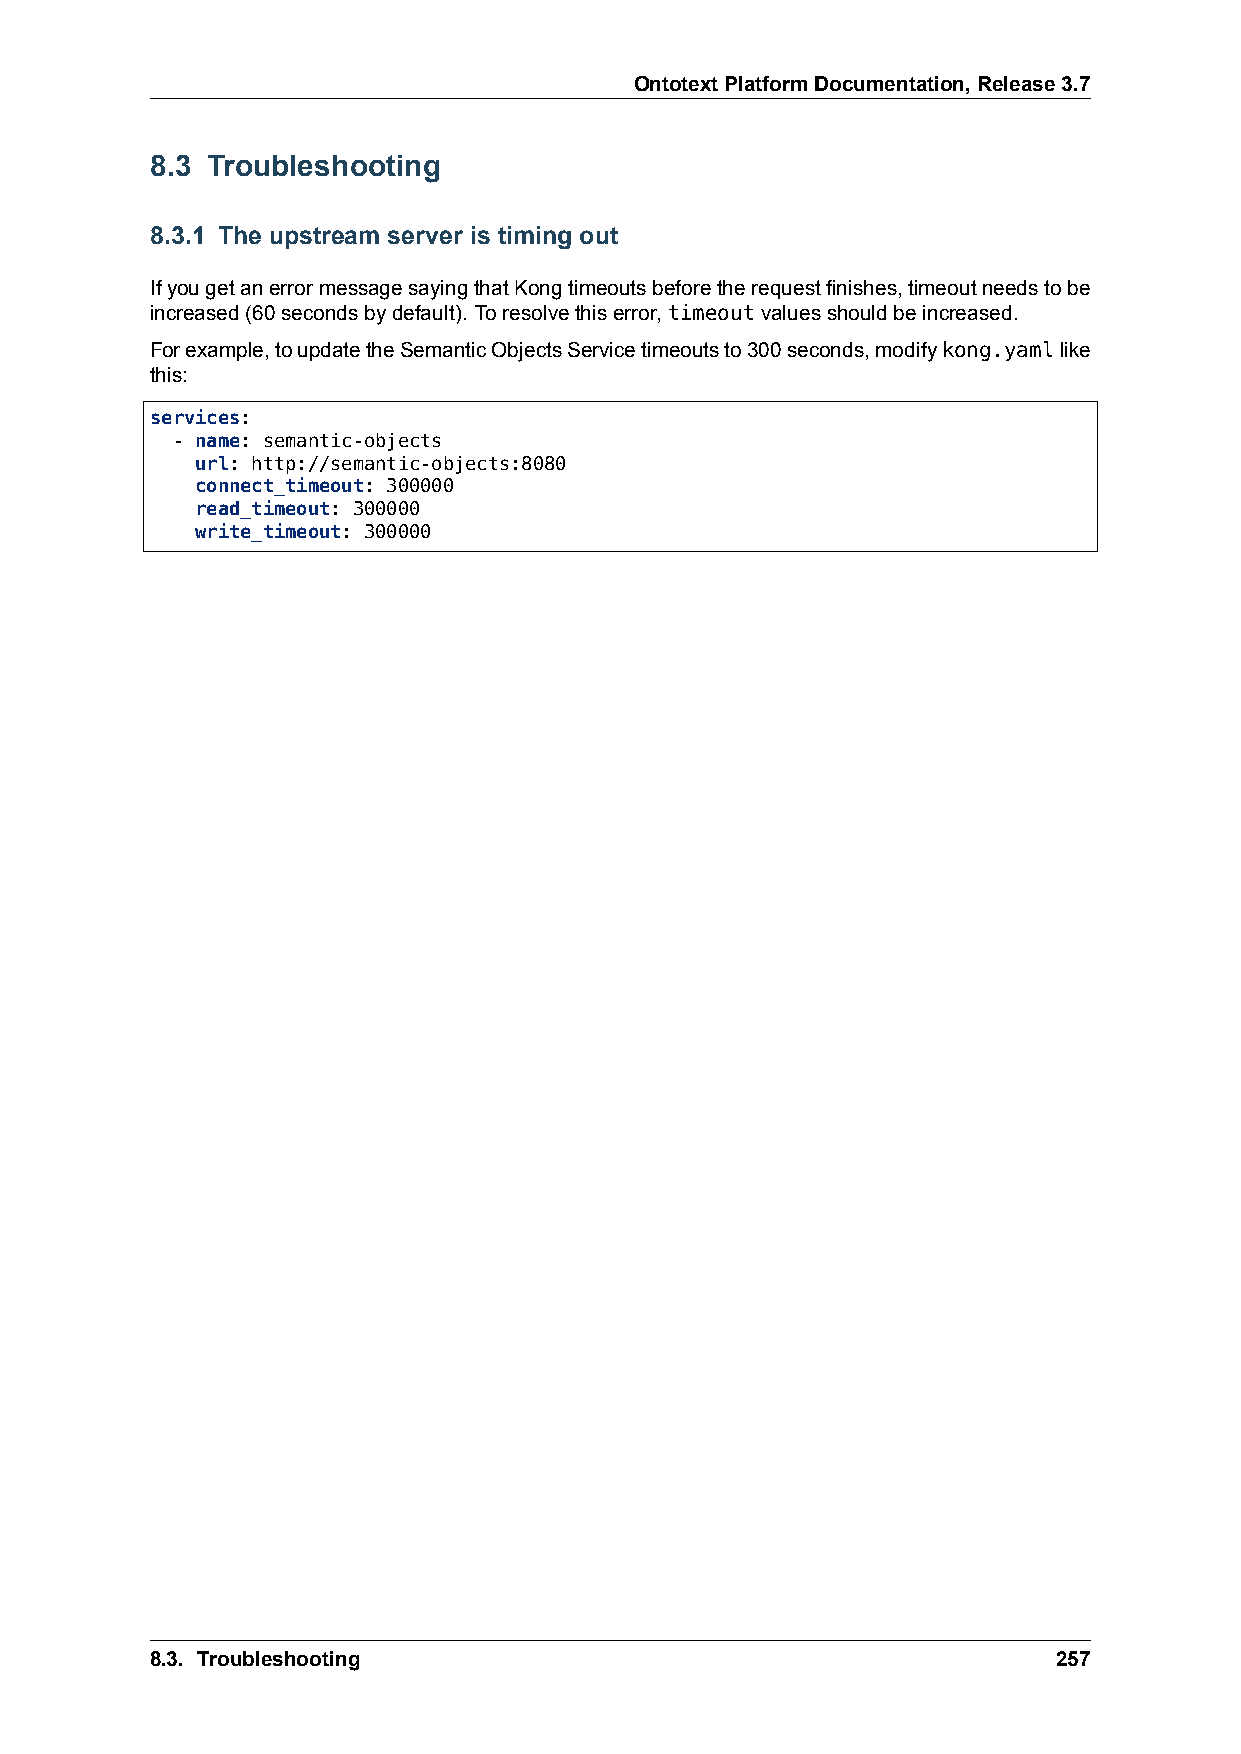
OntotextPlatformDocumentation,Release3.7
 8.3 Troubleshooting
 8.3.1 The upstream server is timing out
 IfyougetanerrormessagesayingthatKongtimeoutsbeforetherequestfinishes,timeoutneedstobe
 increased(60secondsbydefault). Toresolvethiserror,timeoutvaluesshouldbeincreased.
 Forexample,toupdatetheSemanticObjectsServicetimeoutsto300seconds,modifykong.yamllike
 this:
 services:
 - name: semantic-objects
 url: http://semantic-objects:8080
 connect_timeout: 300000
 read_timeout: 300000
 write_timeout: 300000
 8.3. Troubleshooting                                        257